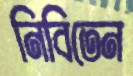
নিবিতেন